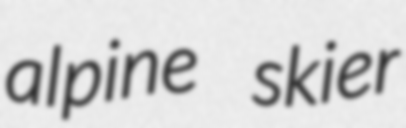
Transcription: alpine skier